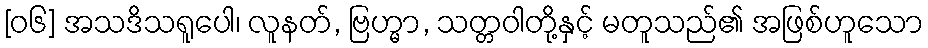
[၀၆] အသဒိသရူပေါ၊ လူနတ်, ဗြဟ္မာ, သတ္တဝါတို့နှင့် မတူသည်၏ အဖြစ်ဟူသော